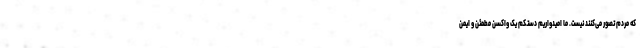
که مردم تصور می‌کنند نیست. ما امیدواریم دستکم یک واکسن مطمئن و ایمن